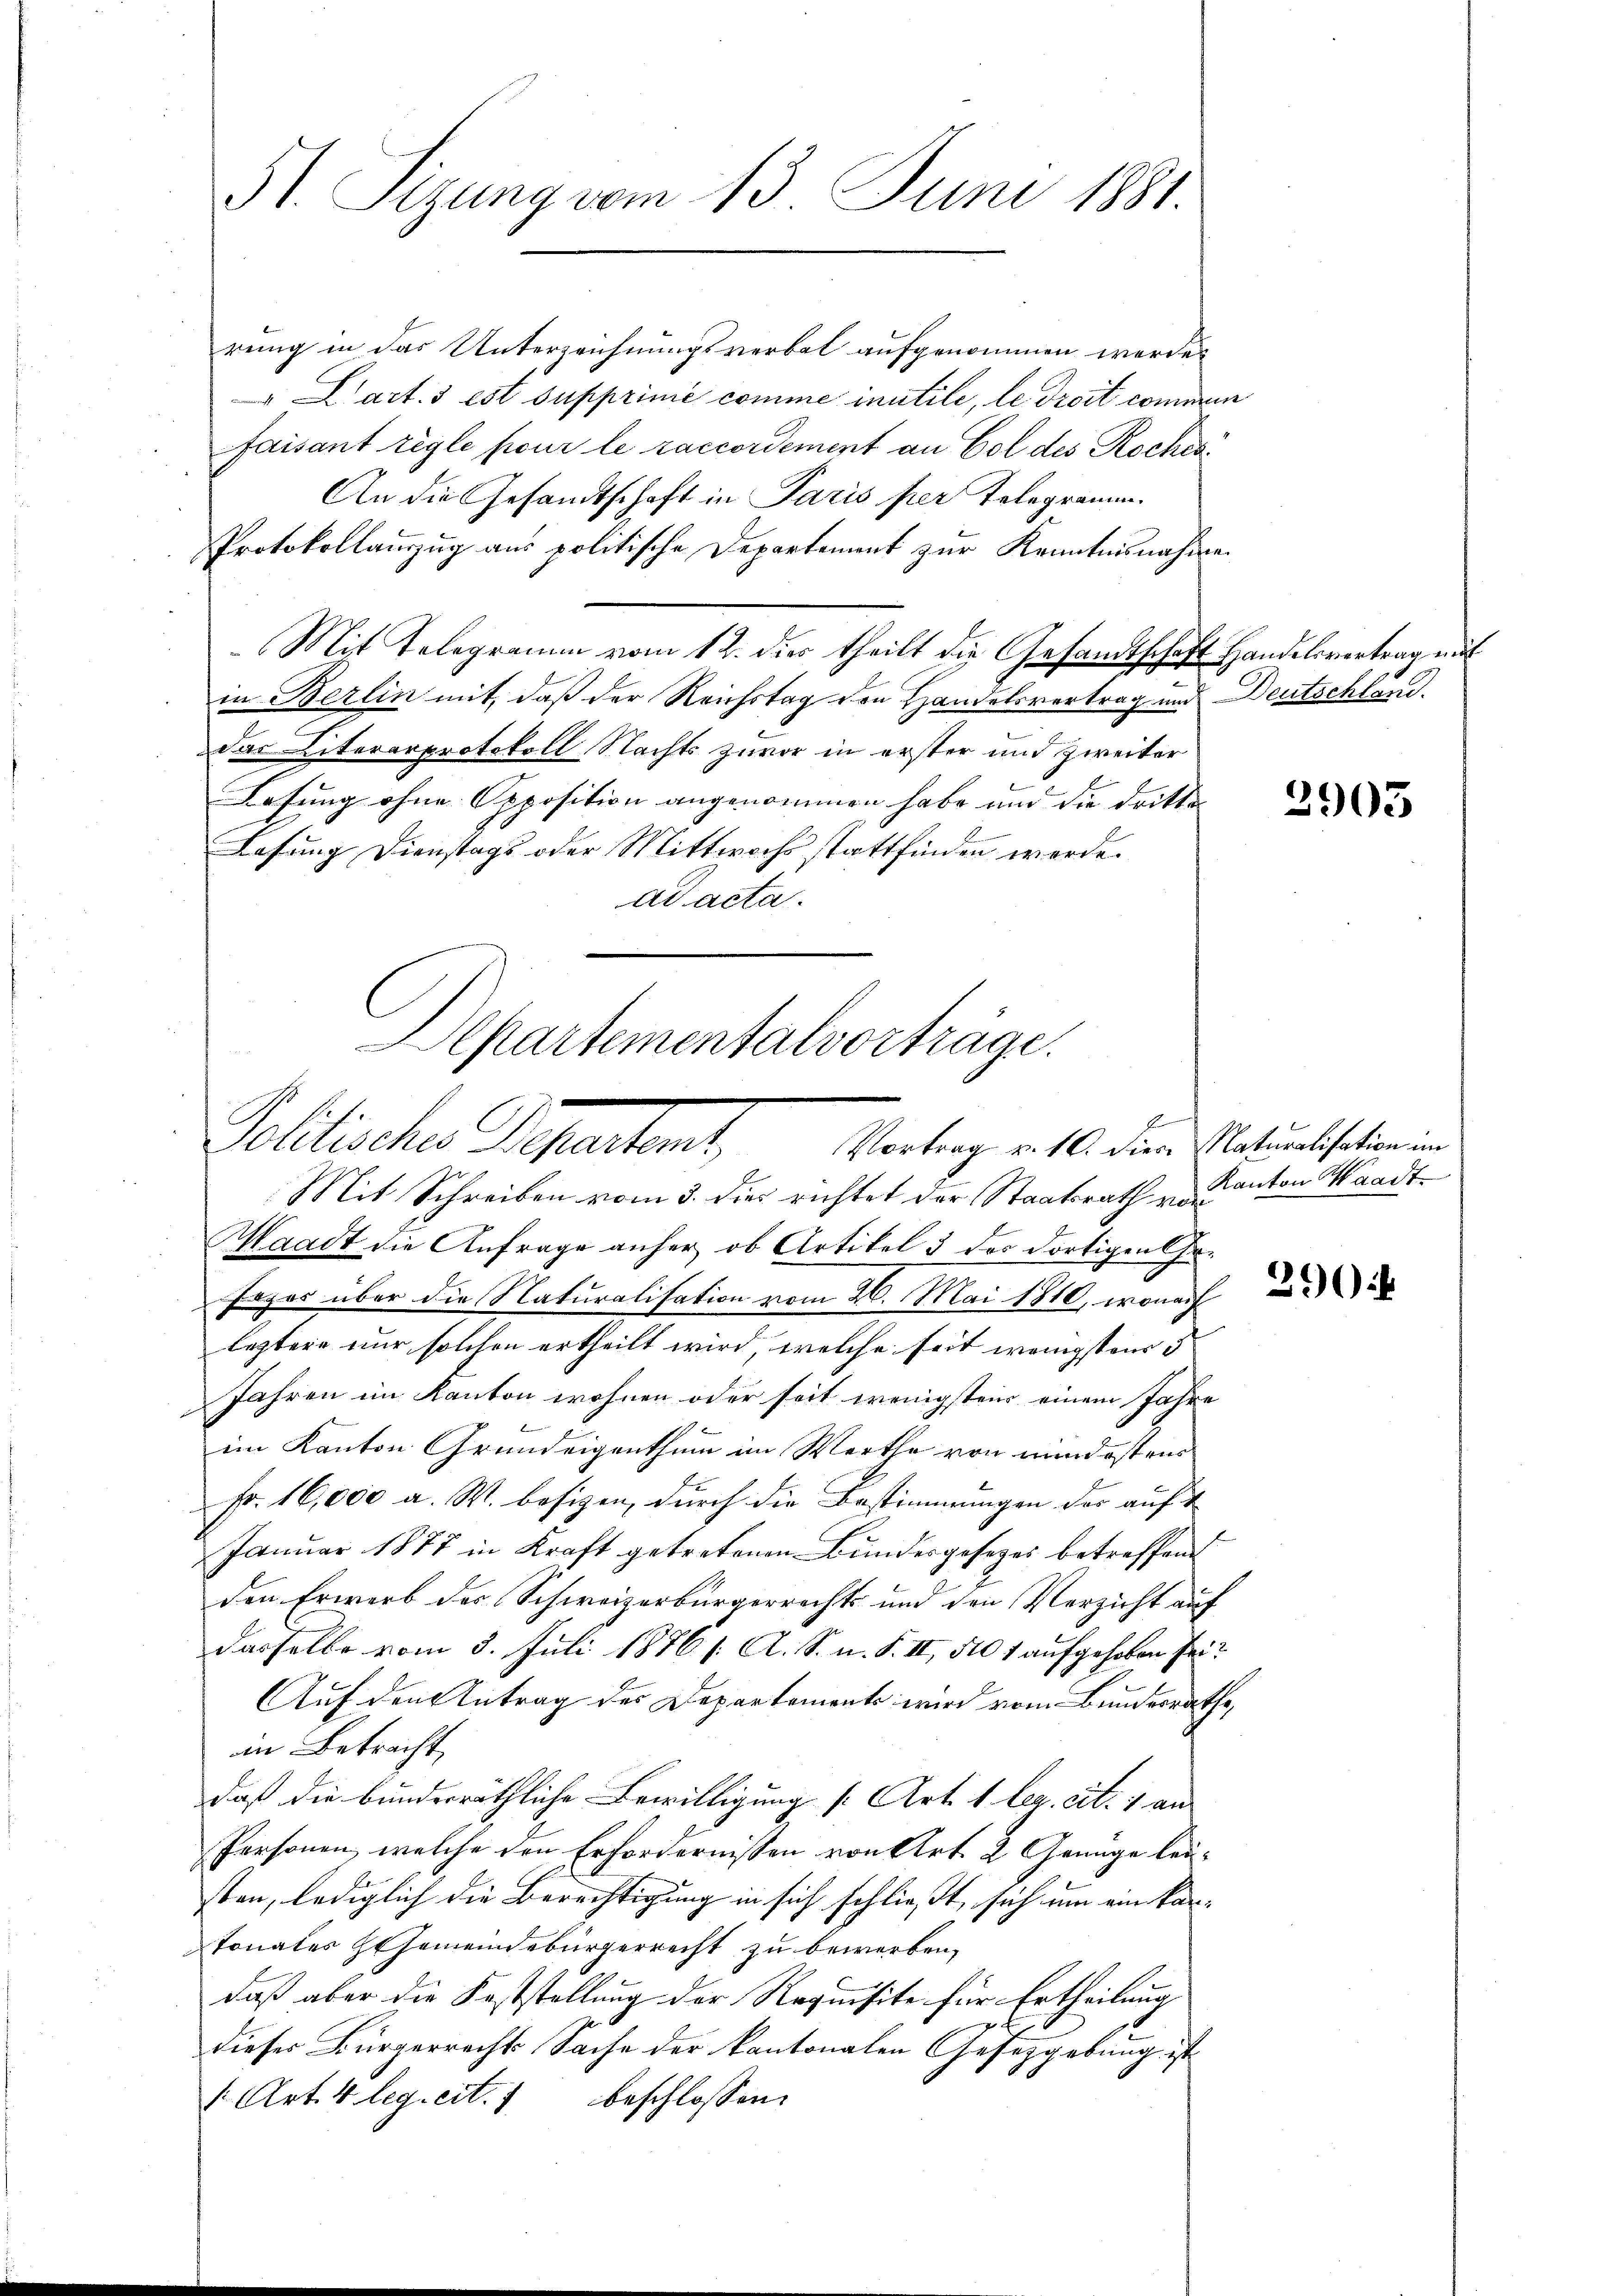
St. Sizung vom 13. Juni 1881.

rung in das Unterzeichnungsverbal aufgenommen werde.
art. 3 est supprime comme inutile, le droit commen
faisant réglé pour le raccordement an Gol des Roches
An die Gesandtschaft in Paris per Telegramm.
Protokollanzzug aus politische Departement zur Kenntnisnahmen
Mit Telegramm vom 12. dies theilt die Gesamtschaft Handelsvertrag mit
in Berlin mit, daß der Reichstag den Handelsvertrag und Deutschland.
das Literarprotokoll Nachts zuvor in erster und zweiter
Lesung ohne Opposition angenommen habe und die dritte
Lesung Dienstags oder Mittwochs stattfinden werde.
ad acta.
Mit Schreiben vom 3. dies richtet der Staatsrath in Kanton Waadt
Waadt die Anfrage anher ob Artikel 5 des dortigen Ge¬
Fezes über die Naturalisation vom 26. Mai 1810, wonach
leztere nur solchen ertheilt wird, welche seit wenigstens 5
Jahren im Kanton wohnen oder seit wenigstens einem Jahre
im Kanton Grundeigenthum im Werthe von mindestens
Fr. 16,000 a. W. besizen, durch die Bestimmungen der auf
Januar 1877 in Kraft getretenen Bundesgesezes betreffend
den Erwerb des Schweizerbürgerrechts und den Verzicht auf
dasselbe vom 3. Juli 1876 s. A. S. u. S. II, 510 f aufgehoben sei?
Auf den Antrag des Departements wird vom Bundesrathe,
in Betracht,
daß die bunderräthliche Bewilligung [Art. 1 bez. cit. 1 an
Personen, welche den Erfordernissen von Art. 2 Genüge leusten, lediglich die Berechtigung in sich schließt, sich um ein kan-
Tonates Gemeindebürgerrecht zu bewerben.
daß aber die Feststellung der Requisite für Ertheilung
dieses Bürgerrechts Sache der kantonalen Gesetzgebung ist
1 Art. 4 leg. cit. 1 beschlossen:

Departementalvorträge.
d
Politisches Departemt,
Vortrag v. 10. dies Maturalisation im

b

2903

390: